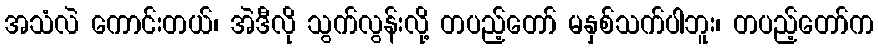
အသံလဲ ကောင်းတယ်၊ အဲဒီလို သွက်လွန်းလို့ တပည့်တော် မနှစ်သက်ပါဘူး၊ တပည့်တော်က